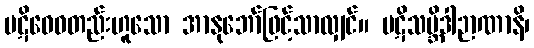
ပဋိဝေဓတည်းဟူသော အာနုဘော်ဖြင့်သာလျှင်။ ပဋိသမ္ဘိဒါဉာဏာနိ၊